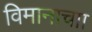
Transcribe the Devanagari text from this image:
विमानाचाा